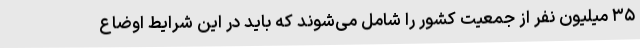
۳۵ میلیون نفر از جمعیت کشور را شامل می‌شوند که باید در این شرایط اوضاع